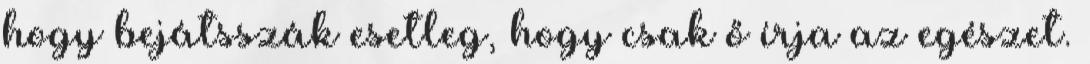
hogy bejátsszák esetleg, hogy csak ő írja az egészet.